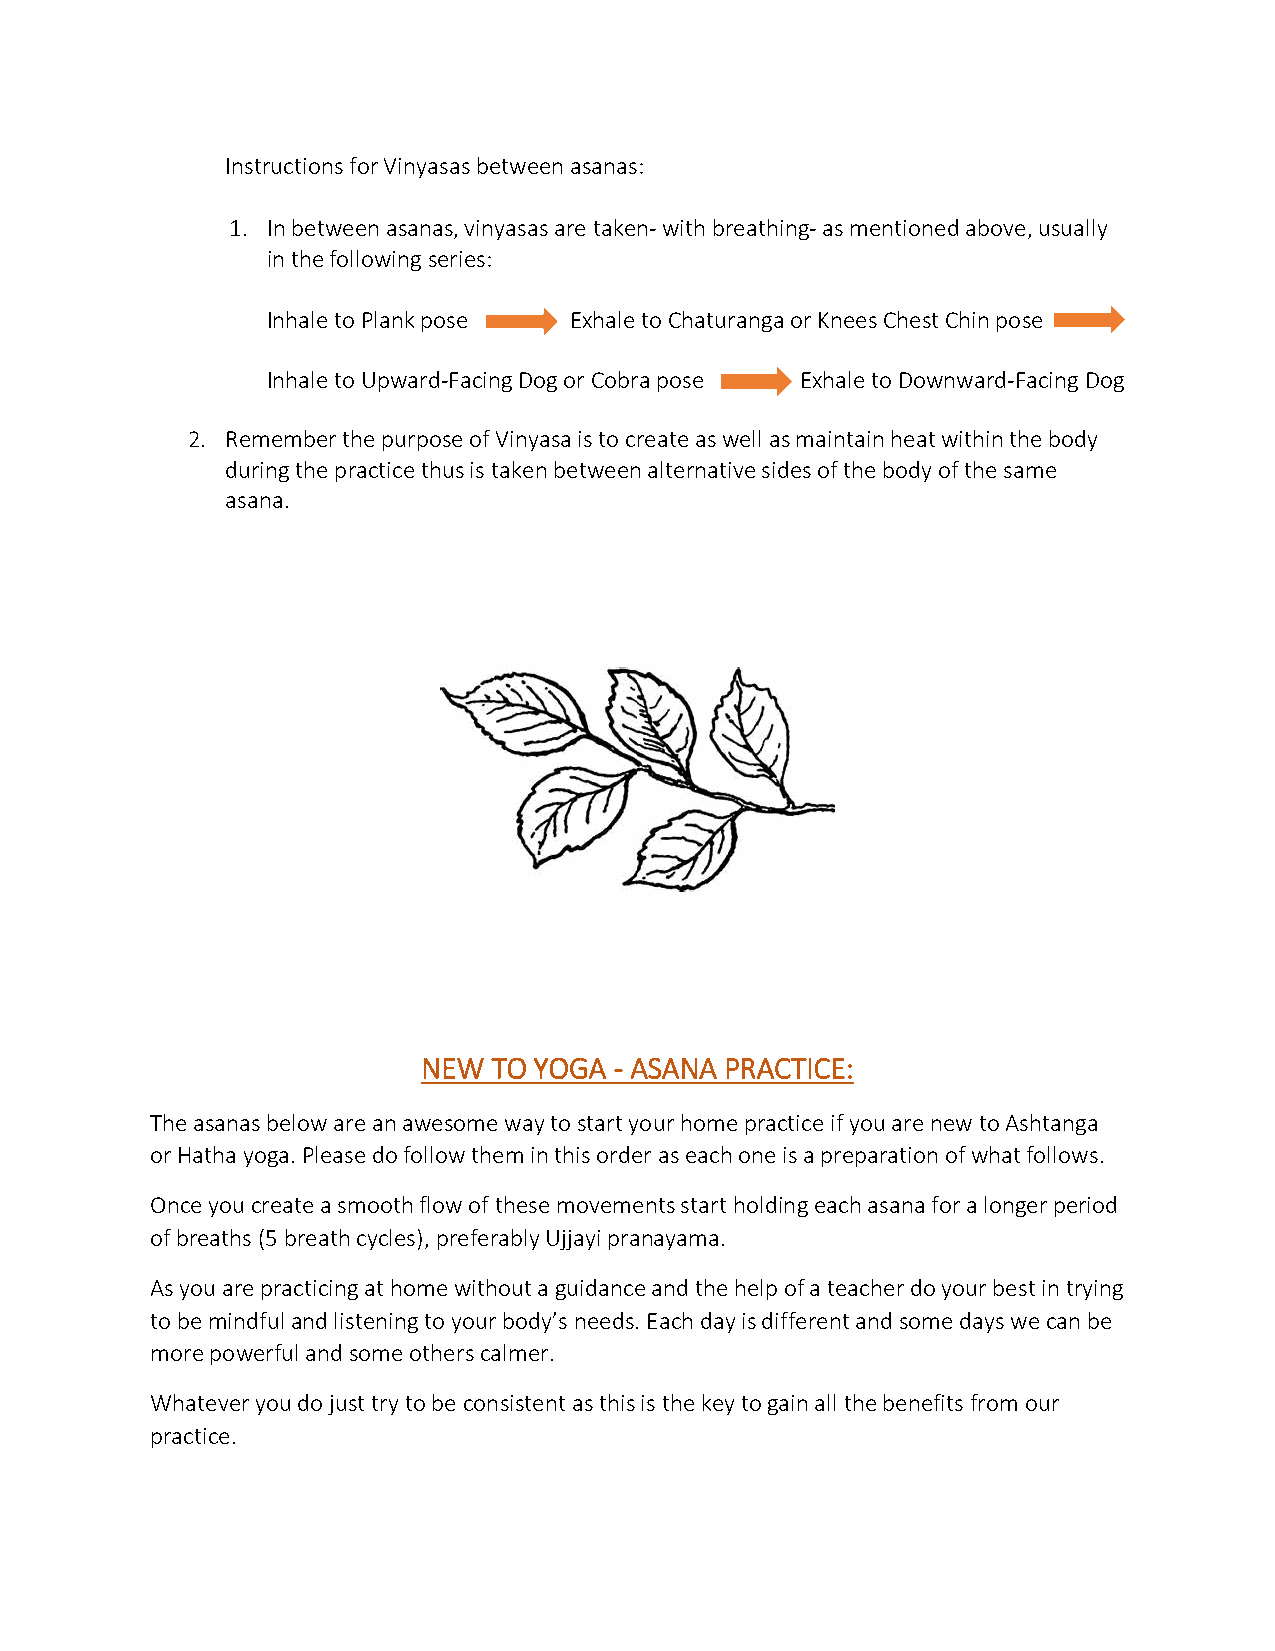
Instructions for Vinyasas between asanas:
 1. In between asanas, vinyasas are taken- with breathing- as mentioned above, usually
 in the following series:
 Inhale to Plank pose Exhale to Chaturanga or Knees Chest Chin pose
 Inhale to Upward-Facing Dog or Cobra pose Exhale to Downward-Facing Dog
 2. Remember the purpose of Vinyasa is to create as well as maintain heat within the body
 during the practice thus is taken between alternative sides of the body of the same
 asana.
 NEW  TO YOGA - ASANA PRACTICE:
 The asanas below are an awesome way to start your home practice if you are new to Ashtanga
 or Hatha yoga. Please do follow them in this order as each one is a preparation of what follows.
 Once you create a smooth flow of these movements start holding each asana for a longer period
 of breaths (5 breath cycles), preferably Ujjayi pranayama.
 As you are practicing at home without a guidance and the help of a teacher do your best in trying
 to be mindful and listening to your body’s needs. Each day is different and some days we can be
 more powerful and some others calmer.
 Whatever you do just try to be consistent as this is the key to gain all the benefits from our
 practice.